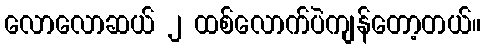
လောလောဆယ် ၂ ထစ်လောက်ပဲကျန်တော့တယ်။